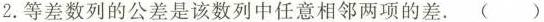
2.等差数列的公差是该数列中任意相邻两项的差。()